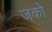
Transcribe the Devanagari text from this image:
जको